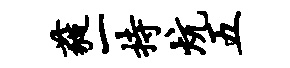
蕤一持炕五